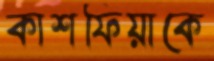
কাশফিয়াকে